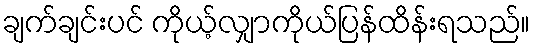
ချက်ချင်းပင် ကိုယ့်လျှာကိုယ်ပြန်ထိန်းရသည်။